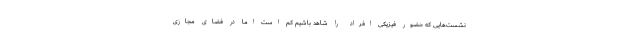
نشست‌هایی که حضور فیزیکی افراد را شاهد باشیم کم است اما در فضای مجازی